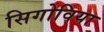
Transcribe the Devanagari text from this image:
सिगोविया